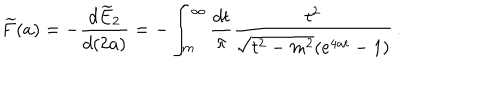
LaTeX: \widetilde { F } ( a ) = - \frac { d \widetilde { E } _ { 2 } } { d ( 2 a ) } = - \int _ { m } ^ { \infty } \frac { d t } { \pi } \frac { t ^ { 2 } } { \sqrt { t ^ { 2 } - m ^ { 2 } } ( e ^ { 4 a t } - 1 ) } \, .